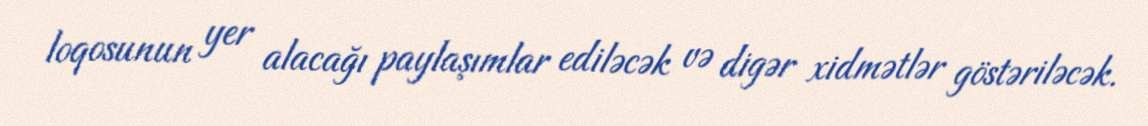
loqosunun yer alacağı paylaşımlar ediləcək və digər xidmətlər göstəriləcək.